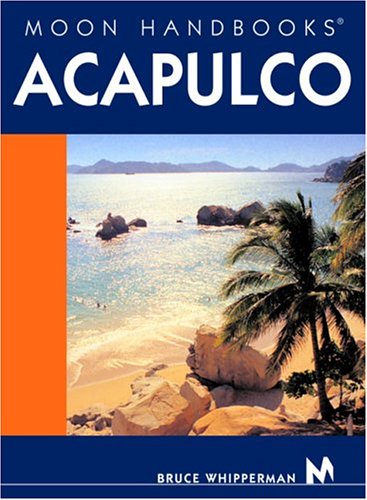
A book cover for Moon Handbooks Acapulco; Bruce Whipperman; Travel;